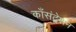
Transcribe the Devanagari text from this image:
काँसंट्रेशन